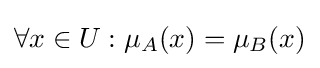
\forall x\in U:\mu _{A}(x)=\mu _{B}(x)